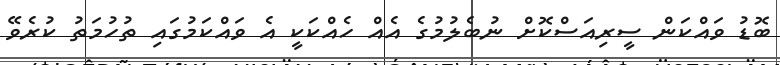
ބޮޑު ވައްކަން ސީރިއަސްކޮށް ނުބެލުމުގެ އެއް ހެއްކަކީ އެ ވައްކަމުގައި ތުހުމަތު ކުރެވޭ